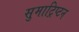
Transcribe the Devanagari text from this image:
सुमाट्रिप्टन